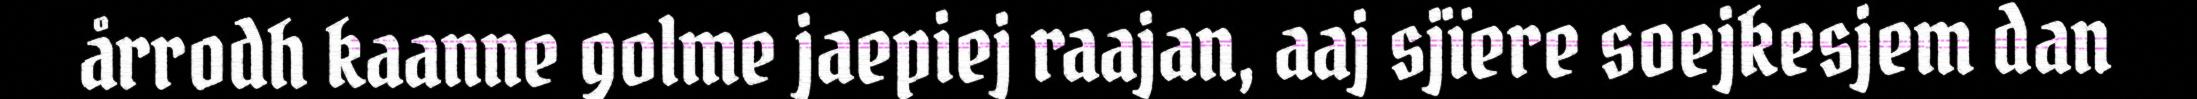
årrodh kaanne golme jaepiej raajan, aaj sjïere soejkesjem dan